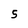
Character: 5